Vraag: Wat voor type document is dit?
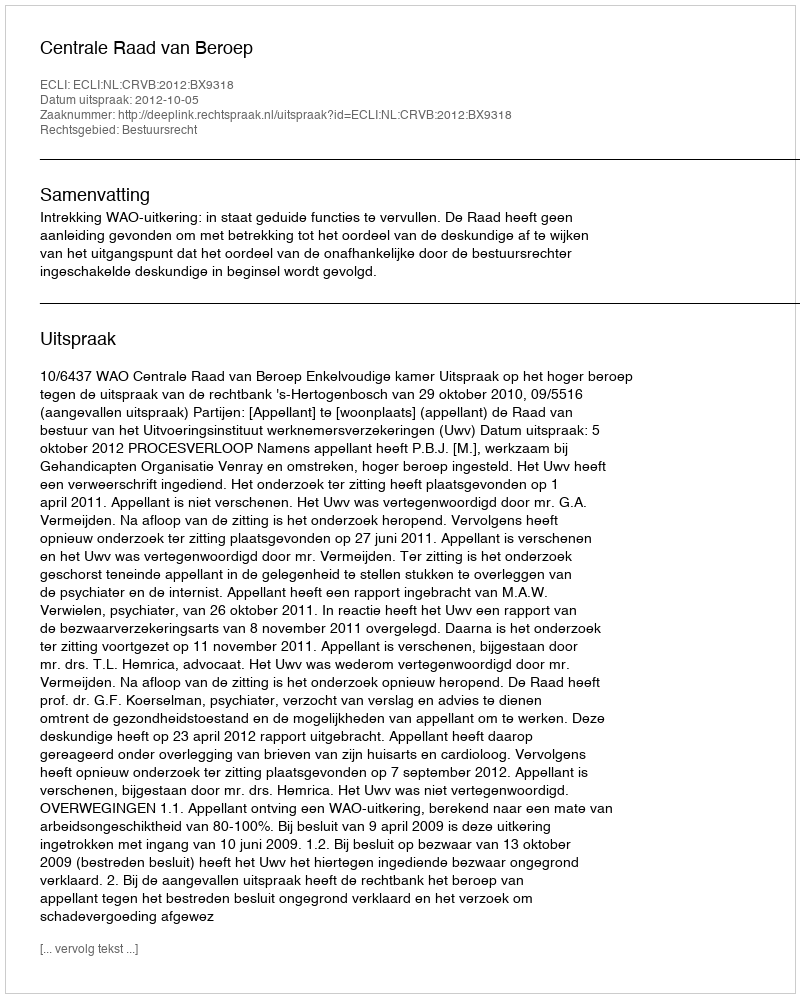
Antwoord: Uitspraak